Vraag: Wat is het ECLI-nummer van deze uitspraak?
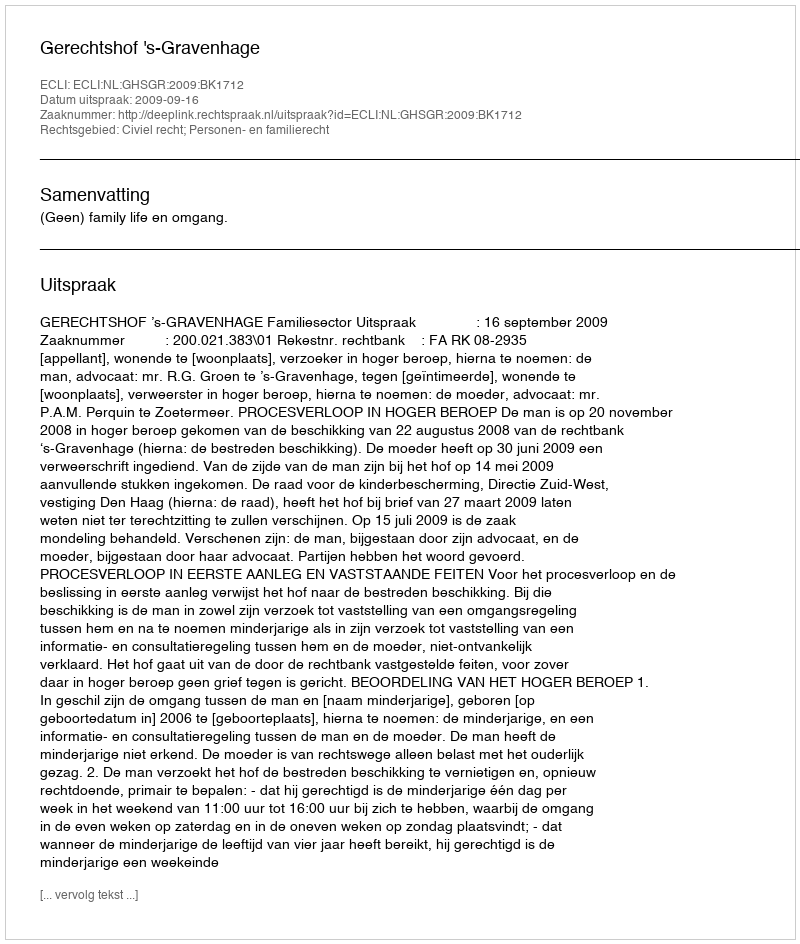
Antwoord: ECLI:NL:GHSGR:2009:BK1712